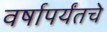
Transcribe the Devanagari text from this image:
वर्षापर्यंतचे